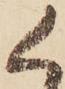
く